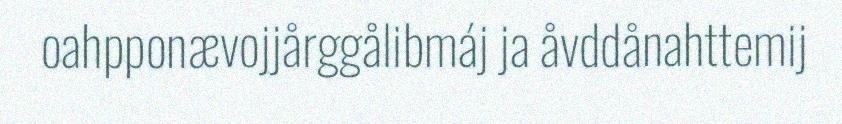
oahpponævojjårggålibmáj ja åvddånahttemij